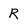
Character: R